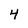
Character: 4